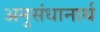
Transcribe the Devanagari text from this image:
अनुसंधानार्थ